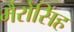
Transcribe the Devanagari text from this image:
भैरोसिंह